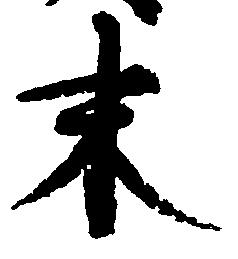
末